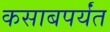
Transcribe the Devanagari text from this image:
कसाबपर्यंत